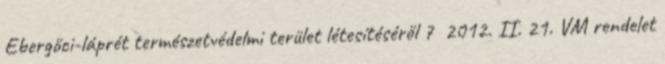
Ebergőci-láprét természetvédelmi terület létesítéséről 7 2012. II. 21. VM rendelet